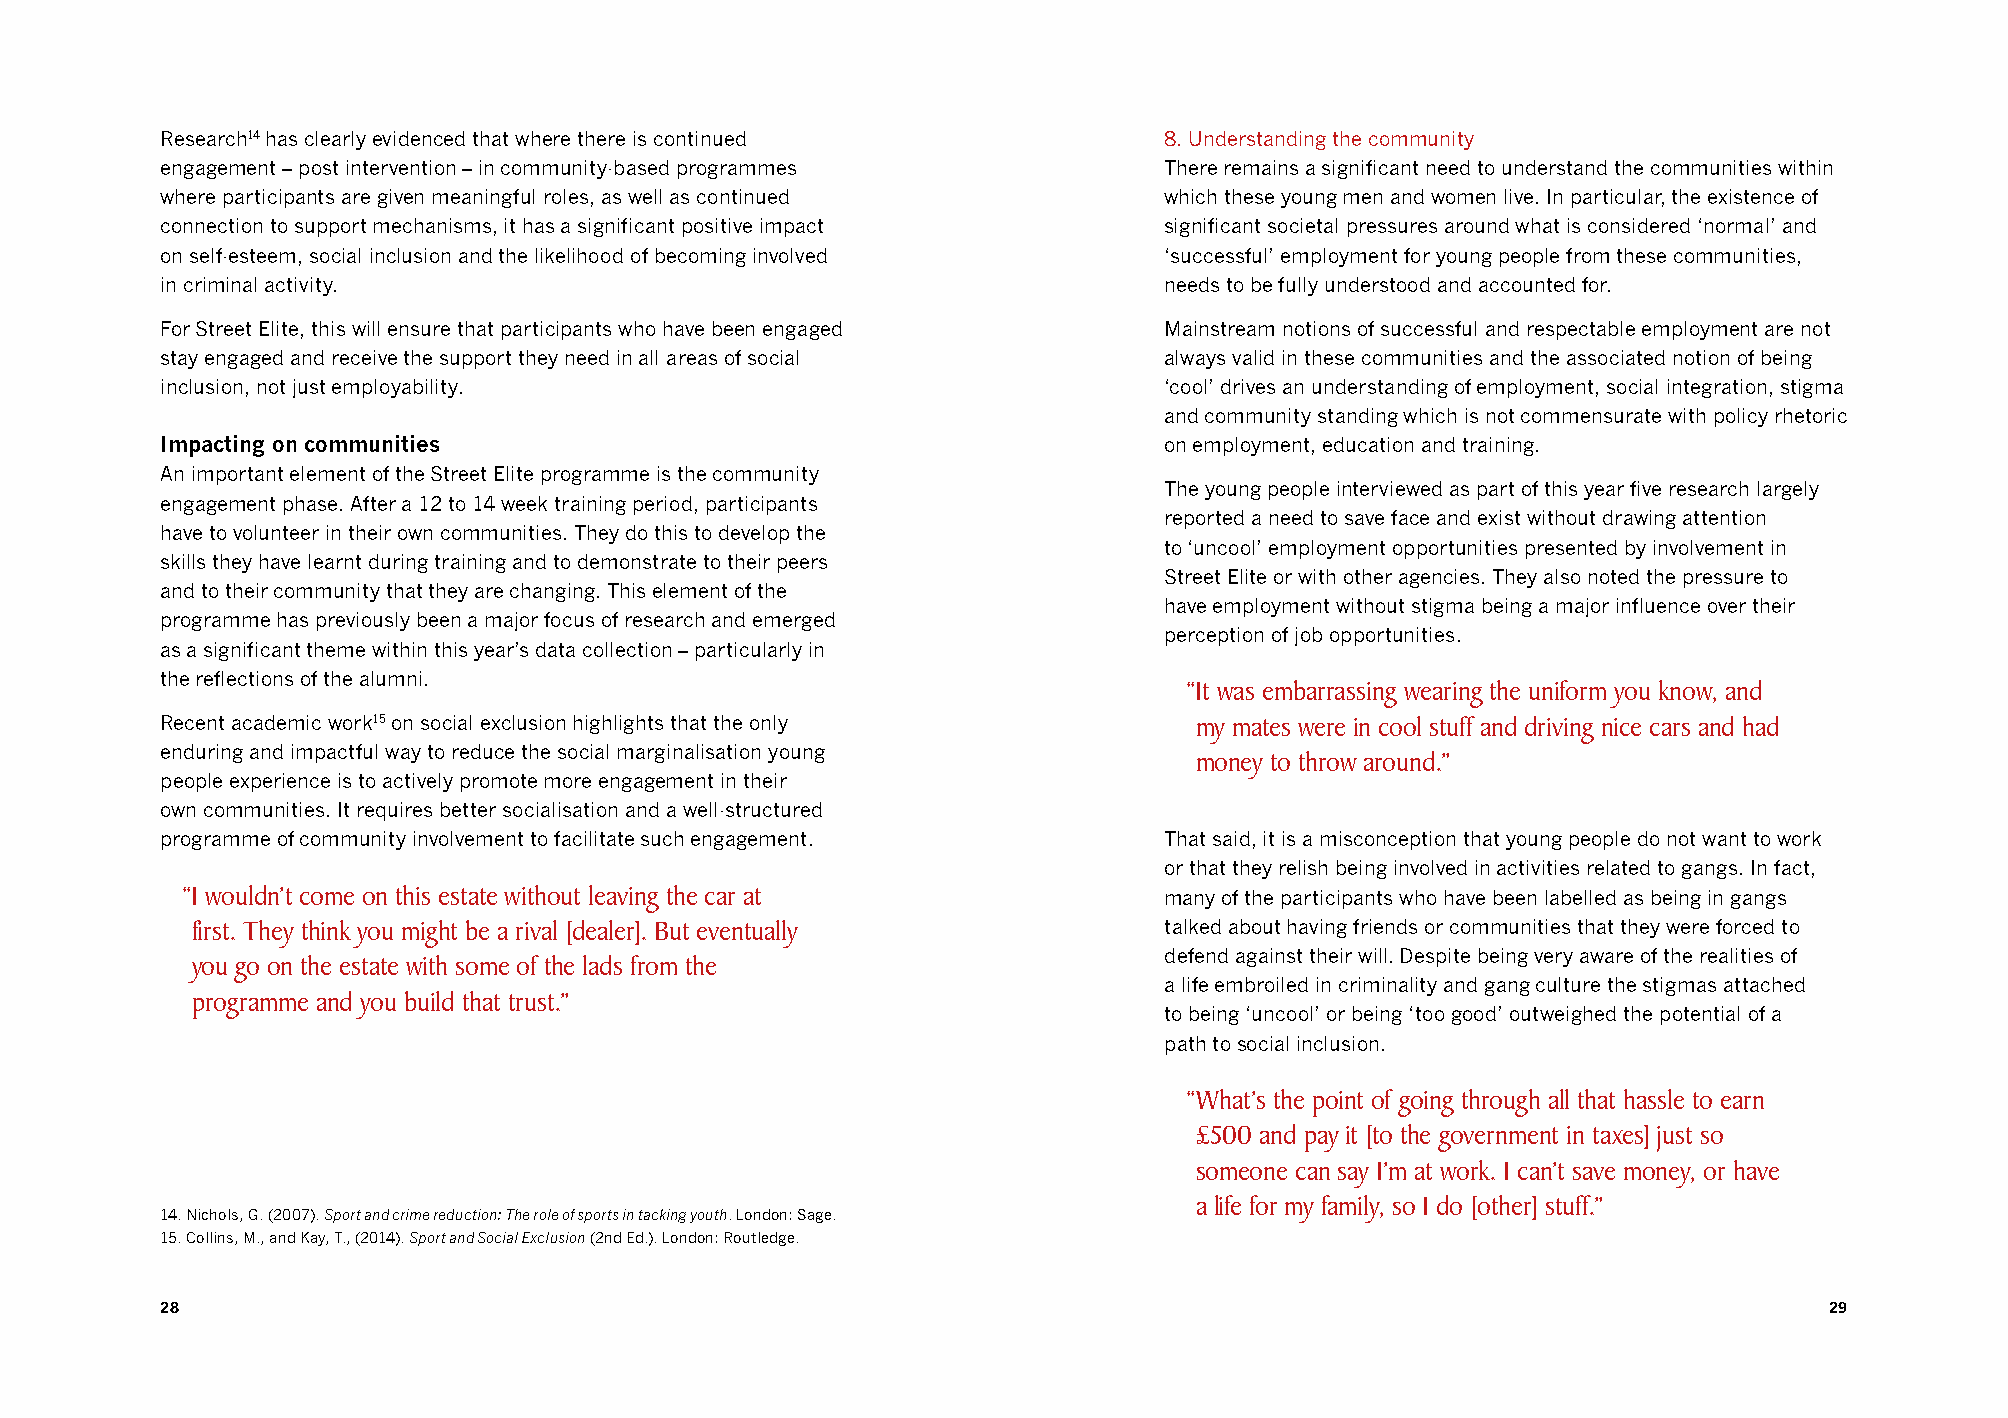
Research14 has clearly evidenced that where there is continued    8. Understanding the community
 engagement – post intervention – in community-based programmes    There remains a significant need to understand the communities within
 where participants are given meaningful roles, as well as continued which these young men and women live. In particular, the existence of
 connection to support mechanisms, it has a significant positive impact significant societal pressures around what is considered ‘normal’ and
 on self-esteem, social inclusion and the likelihood of becoming involved ‘successful’ employment for young people from these communities,
 in criminal activity.                                             needs to be fully understood and accounted for.
 For Street Elite, this will ensure that participants who have been engaged Mainstream notions of successful and respectable employment are not
 stay engaged and receive the support they need in all areas of social always valid in these communities and the associated notion of being
 inclusion, not just employability.                                ‘cool’ drives an understanding of employment, social integration, stigma
 and community standing which is not commensurate with policy rhetoric
 Impacting on communities                                          on employment, education and training.
 An important element of the Street Elite programme is the community
 The young people interviewed as part of this year five research largely
 engagement phase. After a 12 to 14 week training period, participants
 reported a need to save face and exist without drawing attention
 have to volunteer in their own communities. They do this to develop the
 to ‘uncool’ employment opportunities presented by involvement in
 skills they have learnt during training and to demonstrate to their peers
 Street Elite or with other agencies. They also noted the pressure to
 and to their community that they are changing. This element of the
 have employment without stigma being a major influence over their
 programme has previously been a major focus of research and emerged
 perception of job opportunities.
 as a significant theme within this year’s data collection – particularly in
 the reflections of the alumni.
 “It was embarrassing wearing the uniform you know, and
 Recent academic work15 on social exclusion highlights that the only my mates were in cool stuff and driving nice cars and had
 enduring and impactful way to reduce the social marginalisation young
 money to throw around.”
 people experience is to actively promote more engagement in their
 own communities. It requires better socialisation and a well-structured
 programme of community involvement to facilitate such engagement. That said, it is a misconception that young people do not want to work
 or that they relish being involved in activities related to gangs. In fact,
 “I wouldn’t come on this estate without leaving the car at       many of the participants who have been labelled as being in gangs
 first. They think you might be a rival [dealer]. But eventually talked about having friends or communities that they were forced to
 defend against their will. Despite being very aware of the realities of
 you go on the estate with some of the lads from the
 a life embroiled in criminality and gang culture the stigmas attached
 programme and you build that trust.”
 to being ‘uncool’ or being ‘too good’ outweighed the potential of a
 path to social inclusion.
 “What’s the point of going through all that hassle to earn
 £500 and pay it [to the government in taxes] just so
 someone can say I’m at work. I can’t save money, or have
 a life for my family, so I do [other] stuff.”
 14. Nichols, G. (2007). Sport and crime reduction: The role of sports in tacking youth. London: Sage.
 15. Collins, M., and Kay, T., (2014). Sport and Social Exclusion (2nd Ed.). London: Routledge.
 28                                                                                                            29